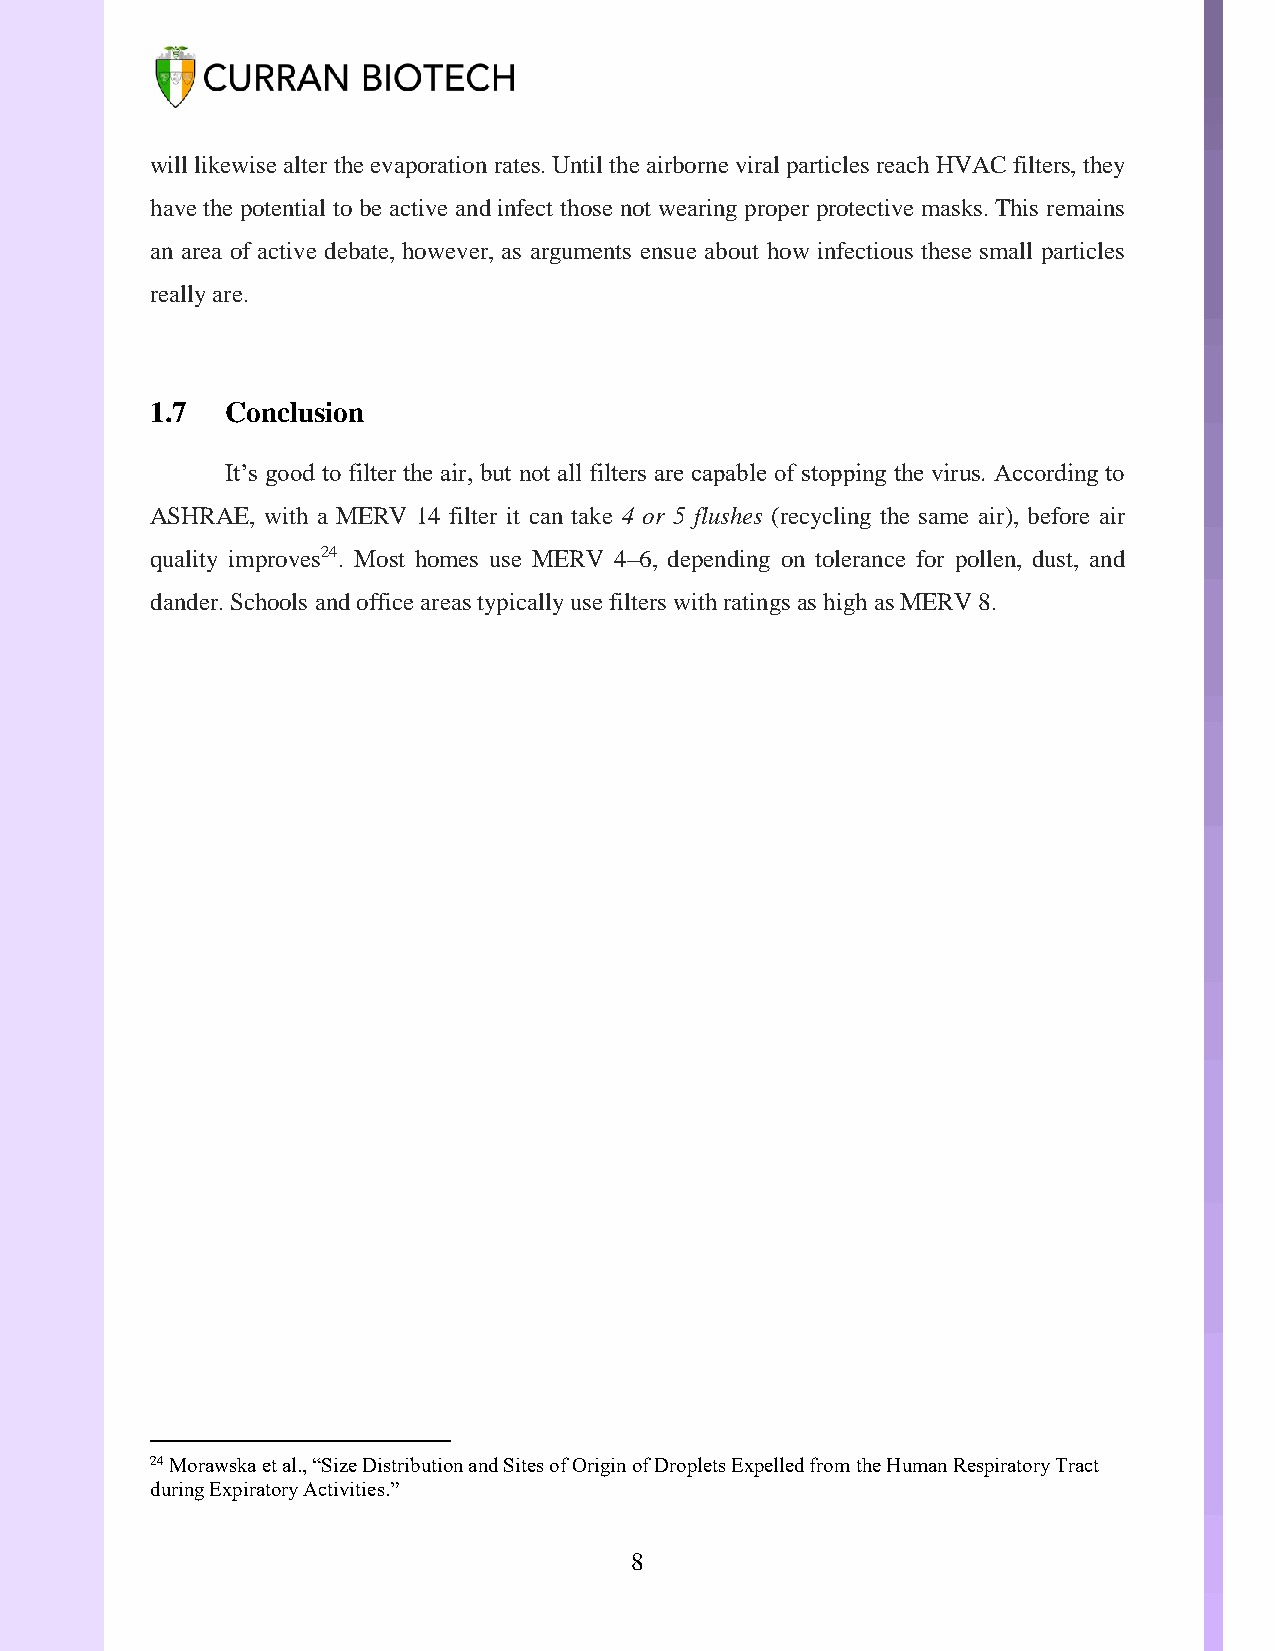
will likewise alter the evaporation rates. Until the airborne viral particles reach HVAC filters, they
 have the potential to be active and infect those not wearing proper protective masks. This remains
 an area of active debate, however, as arguments ensue about how infectious these small particles
 really are.
 1.7  Conclusion
 It’s good to filter the air, but not all filters are capable of stopping the virus. According to
 ASHRAE, with a MERV 14 filter it can take 4 or 5 flushes (recycling the same air), before air
 quality improves24. Most homes use MERV 4–6, depending on tolerance for pollen, dust, and
 dander. Schools and office areas typically use filters with ratings as high as MERV 8.
 24 Morawska et al., “Size Distribution and Sites of Origin of Droplets Expelled from the Human Respiratory Tract
 during Expiratory Activities.”
 8